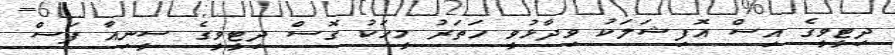
ދިޓީވީގެ އިސް އޮފިޝަލަކު ވިދާޅުވީ ހަތަރު މީހަކު ގޮސް ދިޓީވީގެ ސީނިއާ ފަސް